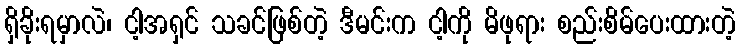
ရှိခိုးရမှာလဲ၊ ငါ့အရှင် သခင်ဖြစ်တဲ့ ဒီမင်းက ငါ့ကို မိဖုရား စည်းစိမ်ပေးထားတဲ့